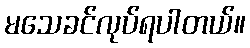
မသေခင်လုပ်ရပါတယ်။